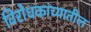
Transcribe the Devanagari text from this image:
विरोधकांच्यातील